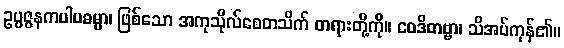
ဥပ္ပဇ္ဇနကပါပဓမ္မာ၊ ဖြစ်သော အကုသိုလ်စေတသိက် တရားတို့ကို။ ဝေဒိတဗ္ဗာ၊ သိအပ်ကုန်၏။